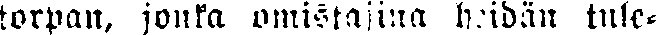
torpan, jonka omistajina heidän tule-